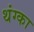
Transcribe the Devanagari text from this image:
थंग्का